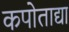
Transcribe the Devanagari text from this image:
कपोताद्या